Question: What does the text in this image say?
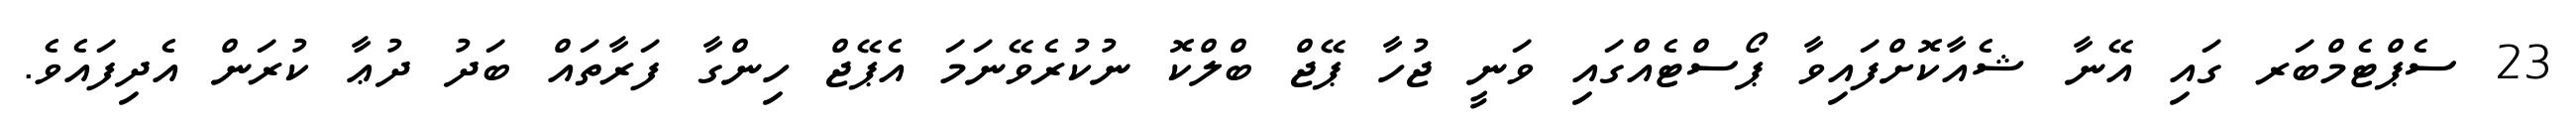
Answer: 23 ސެޕްޓެމްބަރ ގައި އޭނާ ޝެއާކޮށްފައިވާ ޕޯސްޓެއްގައި ވަނީ ޖުހާ ޕޭޖް ބްލްކޮ ނުކުރެވޭނަމަ އެޕޭޖް ހިންގާ ފަރާތައް ބަދު ދުޢާ ކުރަން އެދިފައެވެ.